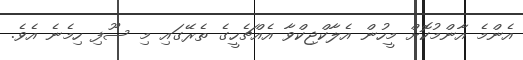
އެންމެ އާންމުކޮށް މީހުން އެލާކްޖިކްވާ އެއްޗެހީގެ ތެރޭގައި މި ސޫފި ހިމެނެ އެވެ.